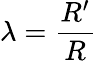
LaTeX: \lambda=\frac{R^{\prime}}{R}